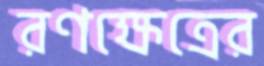
রণক্ষেত্রের